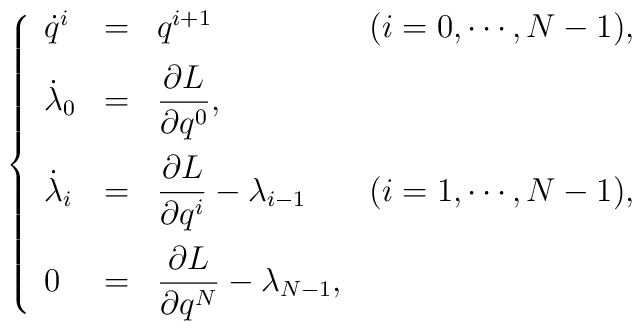
\left\{\begin{array}{llll}\dot{q}^{i} & = & q^{i+1} & ( i = 0, \cdots , N-1 ) , \vspace{2mm}\\\dot{\lambda}_{0} & = &\displaystyle \frac{\partial L}{\partial q^{0}} , & \vspace{2mm}\\\dot{\lambda}_{i} & = &\displaystyle \frac{\partial L}{\partial q^{i}} - \lambda _{i-1} &( i = 1, \cdots , N-1 ) , \vspace{2mm}\\0 & = & \displaystyle \frac{\partial L}{\partial q^{N}} - \lambda _{N-1} ,&\end{array}\right.